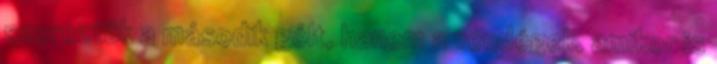
szereztük a második gólt, hanem a vendégek, amikor is